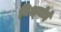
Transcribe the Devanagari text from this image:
बिश्‍नोई